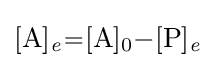
{\ce {[A]_{\mathit {e}}=[A]0-[P]_{\mathit {e}}}}